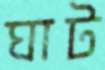
ঘাট